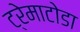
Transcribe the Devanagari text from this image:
ट्रेमाटोडा